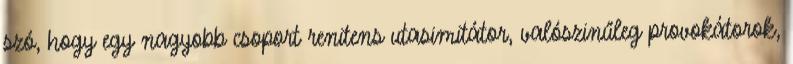
szó, hogy egy nagyobb csoport renitens utasimitátor, valószinűleg provokátorok,